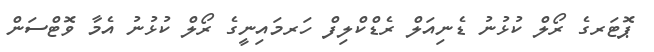
ޕޮޓަރގެ ރޯލް ކުޅުނު ޑެނިއަލް ރެޑްކްލިފް ހަރމައިނީގެ ރޯލް ކުޅުނު އެމާ ވޮޓްސަން